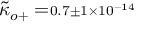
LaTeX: { \tilde { \kappa } } _ { o + } = \scriptstyle 0 . 7 \pm 1 \times 1 0 ^ { - 1 4 }